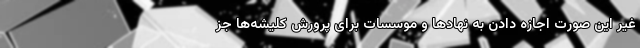
غیر این صورت اجازه دادن به نهادها و موسسات برای پرورش کلیشه‌ها جز